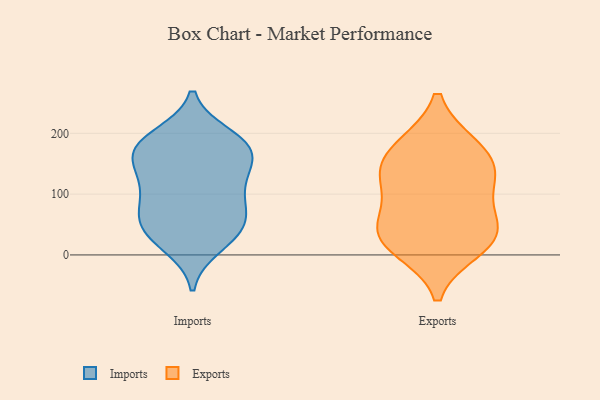
{"axis": {"x": "Temperature (°C)", "y": "Value"}, "legend": ["Exports", "Imports"], "data": [{"x": "", "y": 177, "type": "Imports"}, {"x": "", "y": 182, "type": "Imports"}, {"x": "", "y": 152, "type": "Imports"}, {"x": "", "y": 32, "type": "Imports"}, {"x": "", "y": 67, "type": "Imports"}, {"x": "", "y": 59, "type": "Imports"}, {"x": "", "y": 125, "type": "Imports"}, {"x": "", "y": 112, "type": "Imports"}, {"x": "", "y": 34, "type": "Imports"}, {"x": "", "y": 53, "type": "Imports"}, {"x": "", "y": 187, "type": "Imports"}, {"x": "", "y": 111, "type": "Imports"}, {"x": "", "y": 15, "type": "Imports"}, {"x": "", "y": 166, "type": "Imports"}, {"x": "", "y": 80, "type": "Imports"}, {"x": "", "y": 162, "type": "Imports"}, {"x": "", "y": 195, "type": "Imports"}, {"x": "", "y": 69, "type": "Exports"}, {"x": "", "y": 127, "type": "Exports"}, {"x": "", "y": 24, "type": "Exports"}, {"x": "", "y": 179, "type": "Exports"}, {"x": "", "y": 179, "type": "Exports"}, {"x": "", "y": 128, "type": "Exports"}, {"x": "", "y": 11, "type": "Exports"}, {"x": "", "y": 34, "type": "Exports"}, {"x": "", "y": 135, "type": "Exports"}, {"x": "", "y": 42, "type": "Exports"}]}